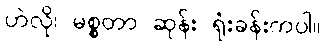
ဟဲလို၊ မစ္စတာ ဆုန်း ရုံးခန်းကပါ။